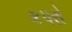
કપરો